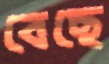
বেছে